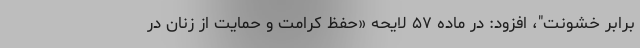
برابر خشونت"، افزود: در ماده ۵۷ لایحه «حفظ کرامت و حمایت از زنان در